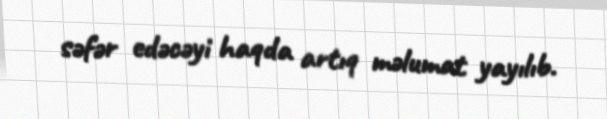
səfər edəcəyi haqda artıq məlumat yayılıb.